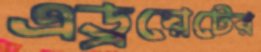
এড্রয়েটের